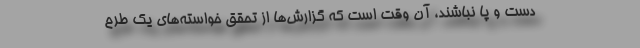
دست و پا نباشند، آن وقت است كه گزارش‌ها از تحقق خواسته‌هاي يك طرح